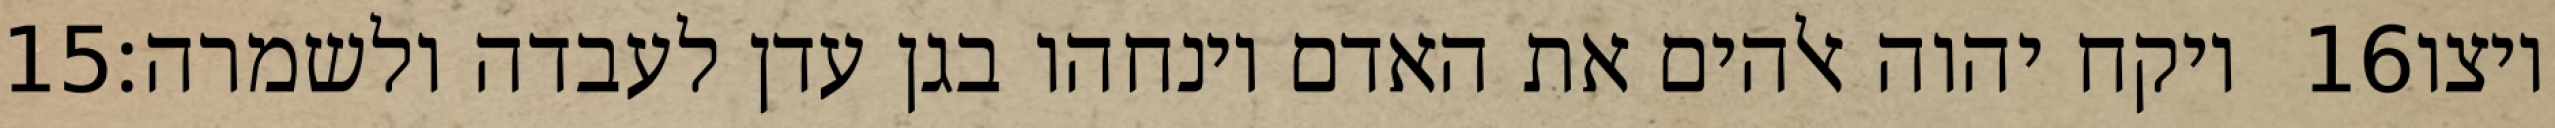
‎15‏ ויקח יהוה אלהים את האדם וינחהו בגן עדן לעבדה ולשמרה׃ ‎16‏ ויצו